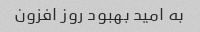
به امید بهبود روز افزون